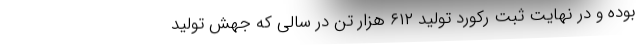
بوده و در نهایت ثبت رکورد تولید ۶۱۲ هزار تن در سالی که جهش تولید